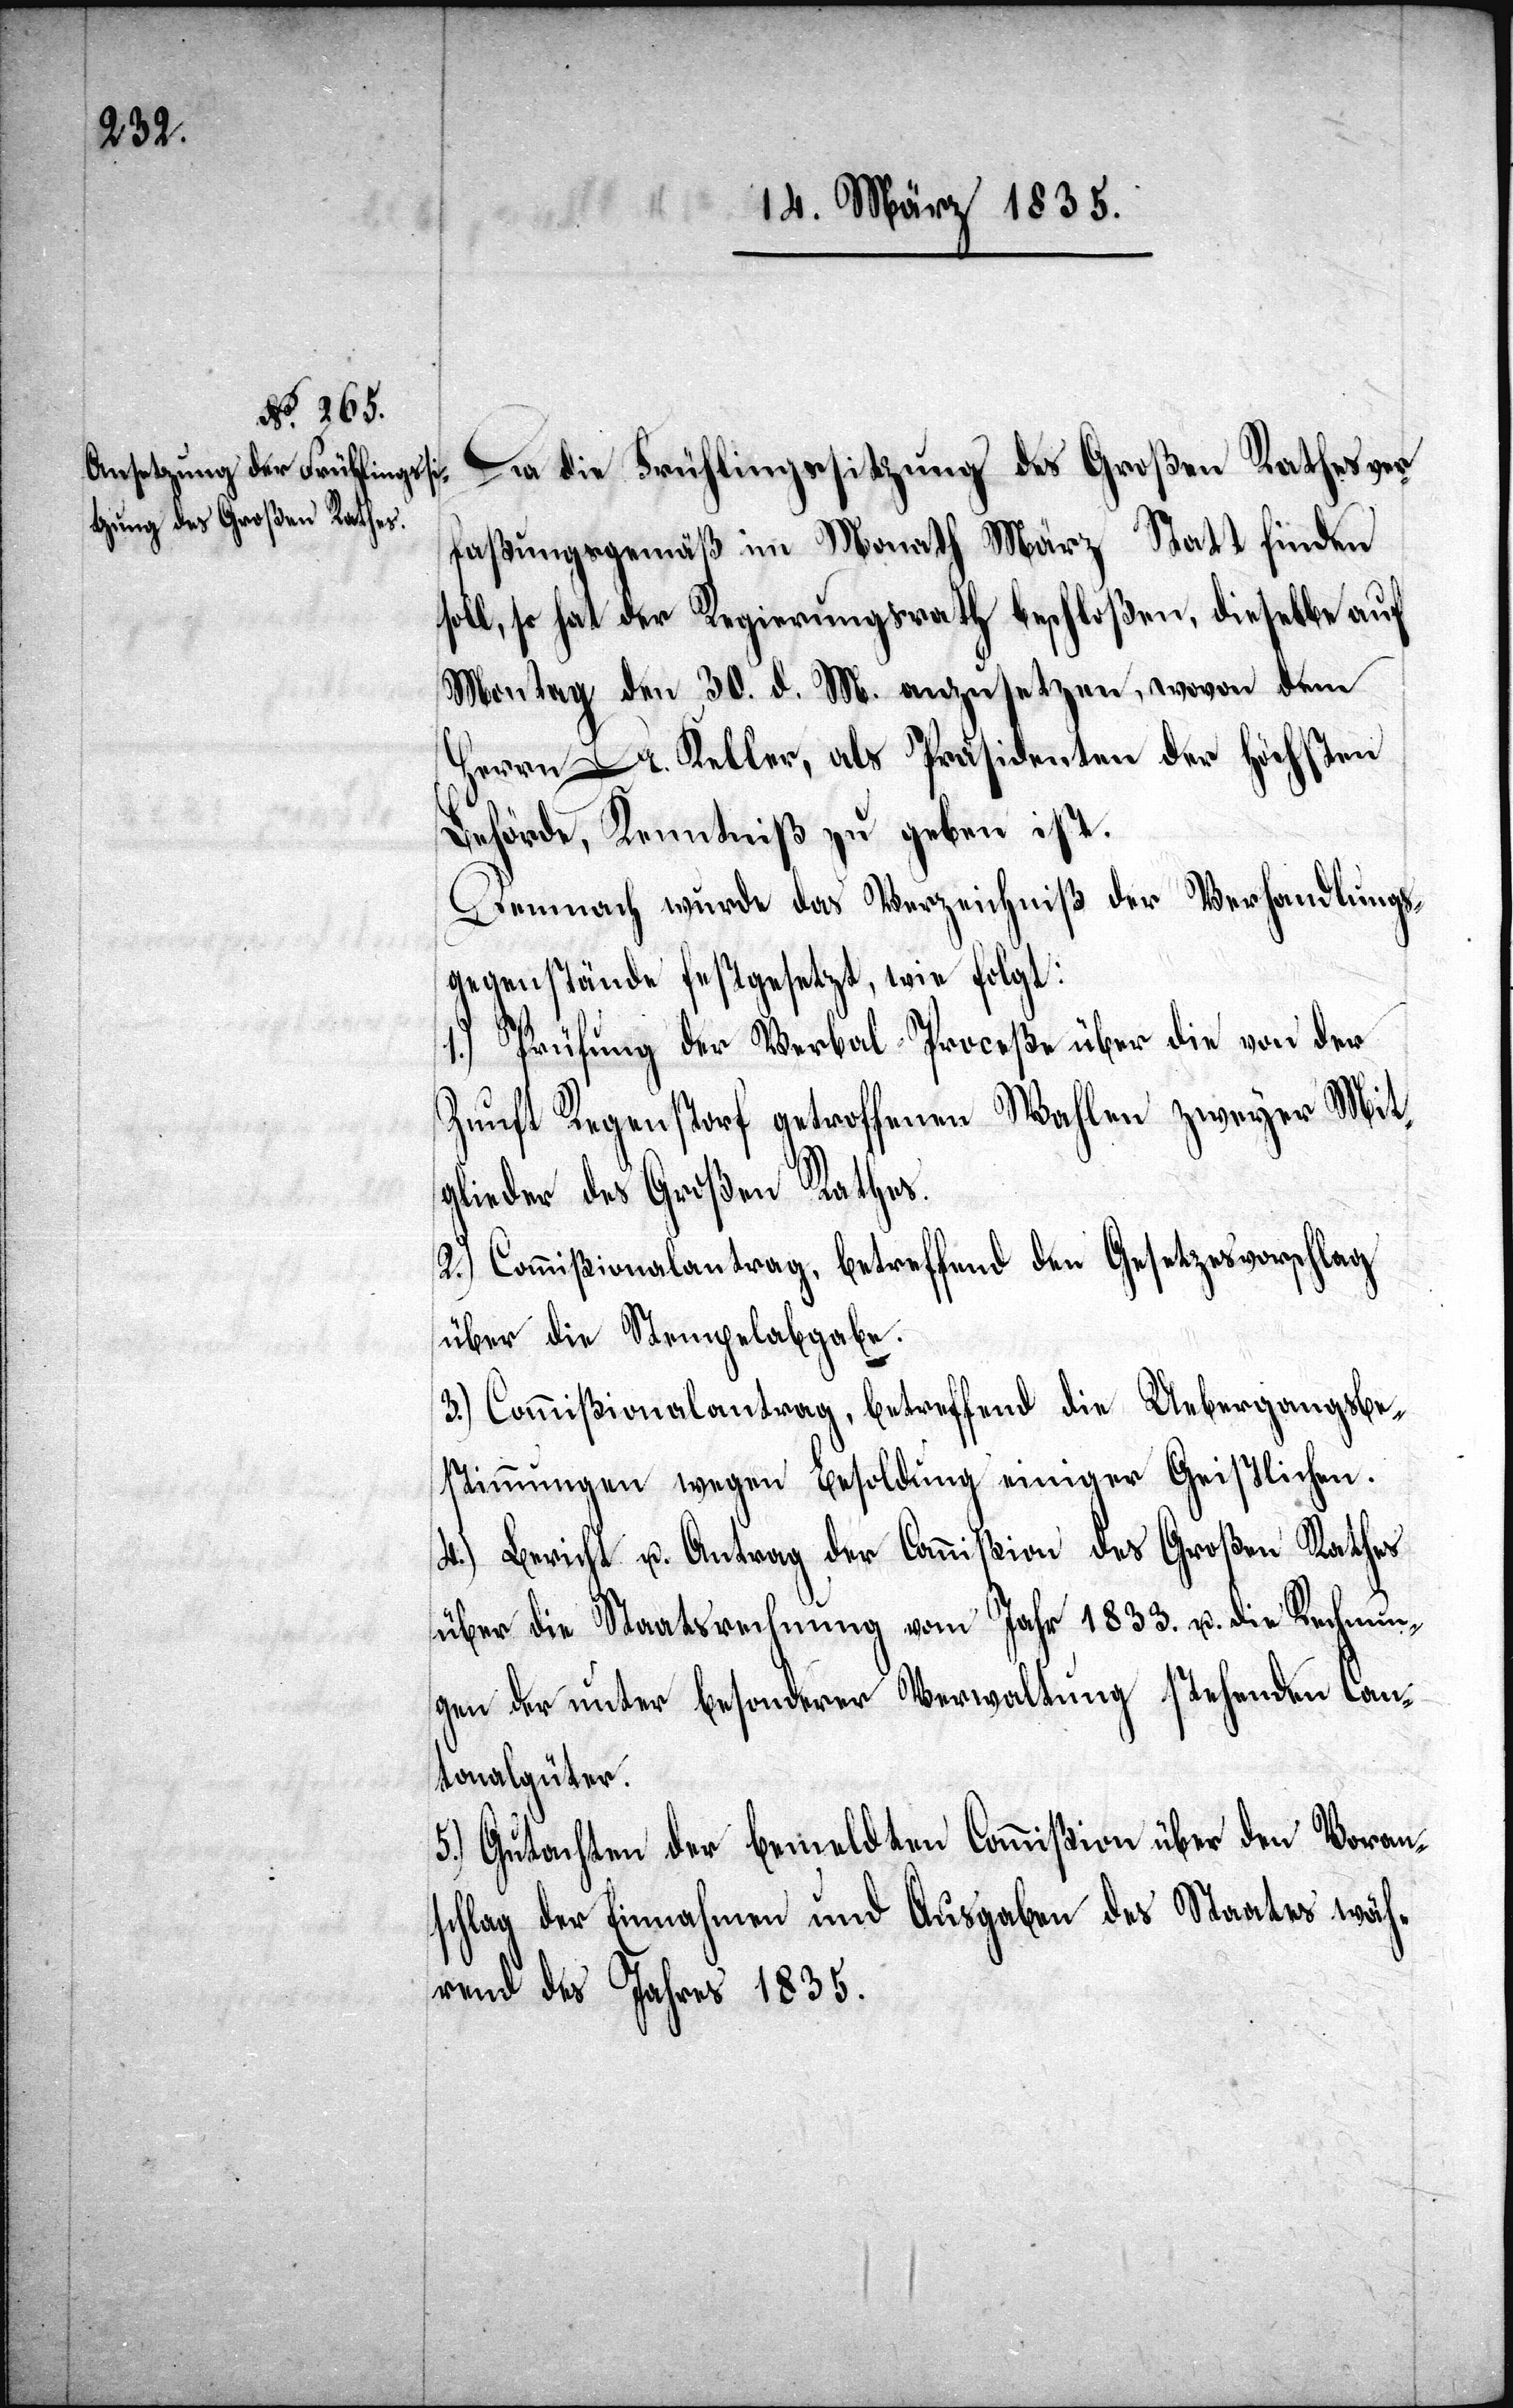
Da die Frühlingssitzung des Großen Rathes ver¬
faßungsgemäß im Monath März Statt finden
soll, so hat der Regierungsrath beschloßen, dieselbe auf
Montag, den 30. d. M. anzusetzen, wovon dem
Herrn Dr. Keller, als Präsidenten der Höchsten
Behörde, Kenntniß zu geben ist.
Demnach wurde das Verzeichniß der Verhandlungs¬
gegenstände festgesetzt, wie folgt:
1.) Prüfung der Verbal-Proceße über die von der
Zunft Regenstorf getroffenen Wahlen zweyer Mit¬
glieder des Großen Rathes.
2.) Commißionalantrag, betreffend den Gesetzesvorschlag
über die Stempelabgabe.
3.) Commißionalantrag, betreffend die Uebergangsbe¬
stimmungen wegen Besoldung einiger Geistlichen.
4.) Bericht u. Antrag der Commißion des Großen Rathes
über die Staatsrechnung vom Jahr 1833. u. die Rechnun¬
gen der unter besonderer Verwaltung stehenden Can¬
tonalgüter.
5.) Gutachten der bemeldten Commißion über den Voran¬
schlag der Einnahmen und Ausgaben des Staates wäh¬
rend des Jahres 1835.